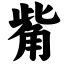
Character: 觜